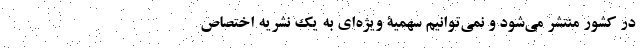
در کشور منتشر می‌شود و نمی‌توانیم سهمیۀ ویژه‌ای به یک نشریه اختصاص